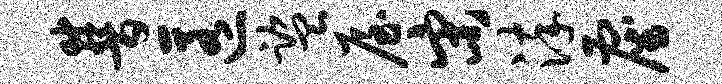
普匿监屋宋淬雇